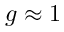
g \approx 1